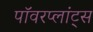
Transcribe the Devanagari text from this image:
पॉवरप्लांट्स